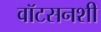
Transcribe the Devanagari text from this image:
वॉटसनशी